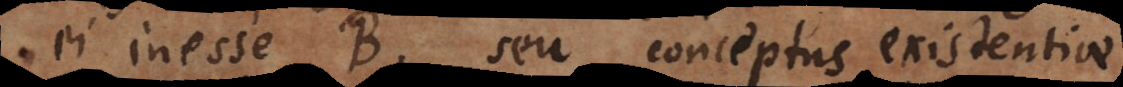
ei inesse B, seu conceptus existentiae